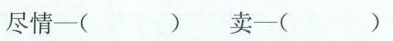
尽情——( ) 卖——( )